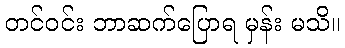
တင်ဝင်း ဘာဆက်ပြောရ မှန်း မသိ။